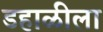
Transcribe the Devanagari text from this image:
डहाळीला